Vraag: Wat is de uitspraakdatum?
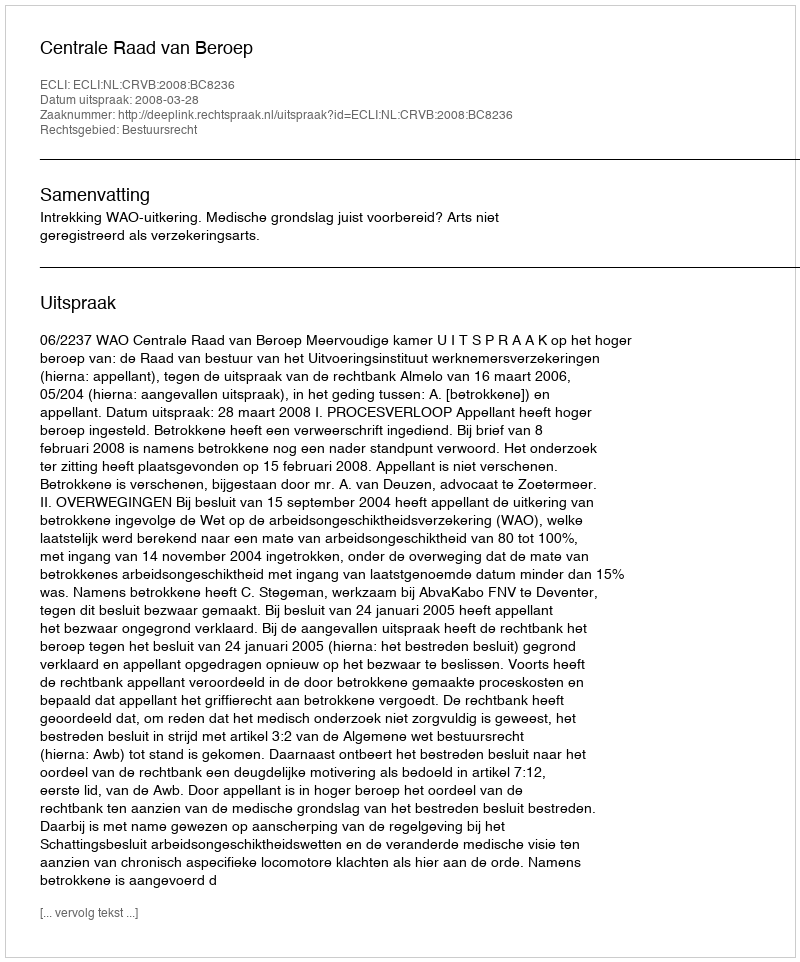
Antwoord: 2008-03-28